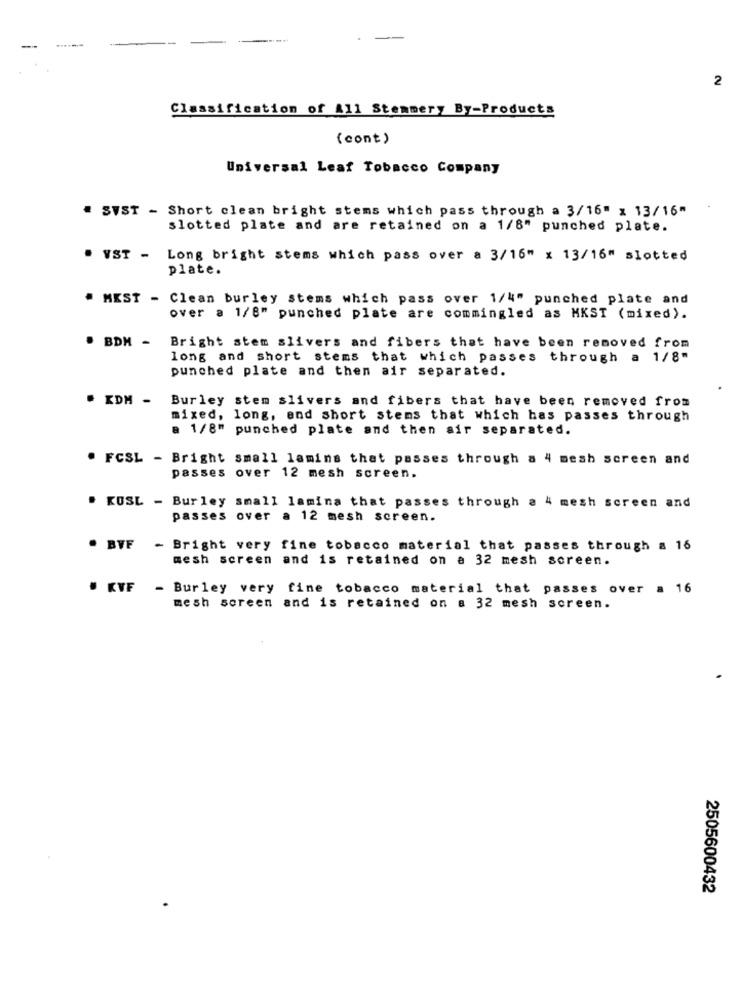
--
2
Classification of A11 Stemmery By-Products
(cont)
Universal Leaf Tobacco Company
" SVST - Short clean bright stems which pass through a 3/16" x 13/16"
slotted plate and are retained on a 1/8" punched plate.
. VST -
Long bright stems which pass over a 3/16" x 13/16" slotted
plate.
" MEST - Clean burley stems which pass over 1/4" punched plate and
over a 1/8" punched plate are commingled as MKST (mixed).
Bright stem slivers and fibers that have been removed from
. BDM -
long and short stems that which passes through a 1/8"
punched plate and then air separated.
. KDM - Burley stem slivers and fibers that have been removed from
mixed, long, and short stems that which has passes through
a 1/8" punched plate and then air separated.
. FCSL - Bright small lamins that passes through a 4 mesh screen and
passes over 12 mesh screen.
. KOSL - Burley small lamina that passes through a 4 mesh screen and
passes over a 12 mesh screen.
. BWF - Bright very fine tobacco material that passes through a 16
mesh screen and is retained on a 32 mesh screen.
. KVF - Burley very fine tobacco material that passes over a 16
mesh screen and is retained on a 32 mesh screen.
2505600432